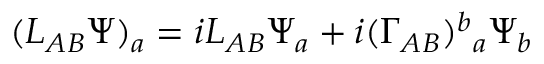
( L _ { A B } \Psi ) _ { a } = i { \cal L } _ { A B } \Psi _ { a } + i ( \Gamma _ { A B } ) ^ { b } { } _ { a } \Psi _ { b }